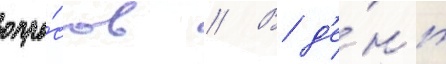
опро́сов // В д'е́нь